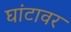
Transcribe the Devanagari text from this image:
घांटावर